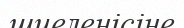
шиеленісіне